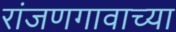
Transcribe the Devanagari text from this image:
रांजणगावाच्या